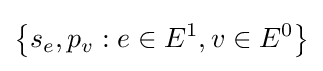
\left\{s_{e},p_{v}:e\in E^{1},v\in E^{0}\right\}